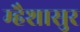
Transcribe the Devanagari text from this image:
म्हैशासुर